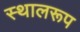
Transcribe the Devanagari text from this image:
स्थालरूप